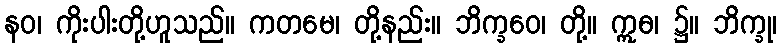
နဝ၊ ကိုးပါးတို့ဟူသည်။ ကတမေ၊ တို့နည်း။ ဘိက္ခဝေ၊ တို့။ ဣဓ၊ ၌။ ဘိက္ခု၊